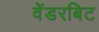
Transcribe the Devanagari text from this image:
वेंडरबिट